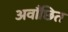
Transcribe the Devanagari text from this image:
अवाँछित